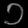
Digit: ၁